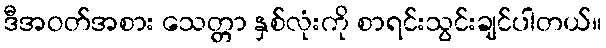
ဒီအဝတ်အစား သေတ္တာ နှစ်လုံးကို စာရင်းသွင်းချင်ပါတယ်။